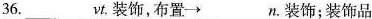
36.___vt. 装饰，布置 \rightarrow ___n.装饰；装饰品